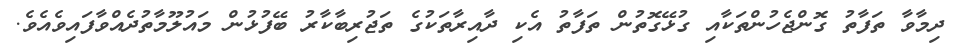
ދިމާވާ ތަފާތު ގޮންޖެހުންތަކާއި ގުޅޭގޮތުން ތަފާތު އެކި ދާއިރާތަކުގެ ތަޖުރިބާކާރު ބޭފުޅުން މައުލޫމާތުދެއްވާފައިވެއެވެ.